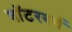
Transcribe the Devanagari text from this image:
वॉटरबर्ग